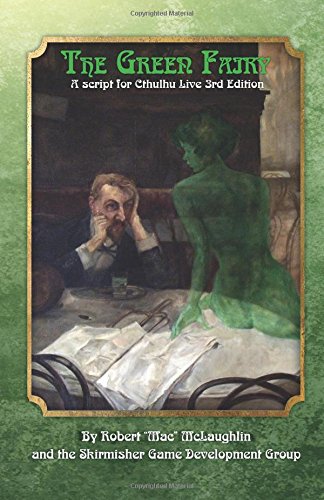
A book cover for The Green Fairy: A Script for Cthulhu Live 3rd Edition; Robert "Mac" McLaughlin; Science Fiction & Fantasy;